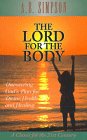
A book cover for The Lord for the Body: Discovering God's Plan for Divine Health and Healing (Classics for the 21st Century); A. B. Simpson; Christian Books & Bibles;